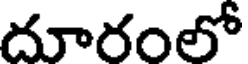
దూరంలో